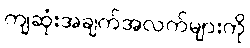
ကျဆုံးအချက်အလက်များကို